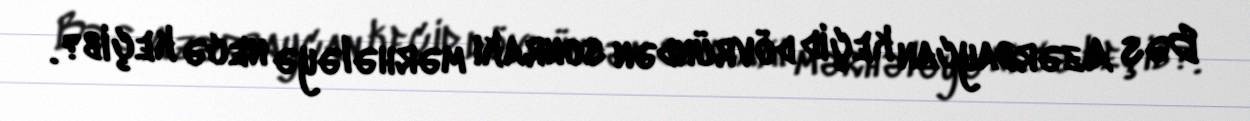
Bəs Azərbaycan keçid dövründən sonrakı mərhələyə necə keçib?.